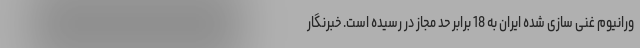
ورانیوم غنی سازی شده ایران به 18 برابر حد مجاز در رسیده است. خبرنگار